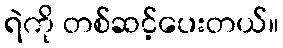
ရဲကို တစ်ဆင့်ပေးတယ်။